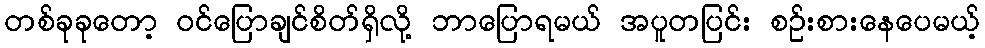
တစ်ခုခုတော့ ဝင်ပြောချင်စိတ်ရှိလို့ ဘာပြောရမယ် အပူတပြင်း စဉ်းစားနေပေမယ့်